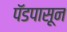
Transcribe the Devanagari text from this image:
पॅडपासून